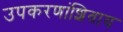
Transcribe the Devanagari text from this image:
उपकरणांशिवाय